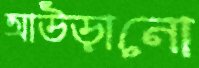
আউড়ানো